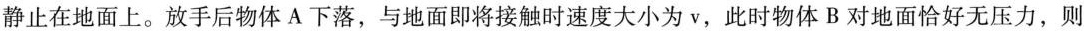
静止在地面上。放手后物体 A 下落，与地面即将接触时速度大小为 v，此时物体 B 对地面恰好无压力，则